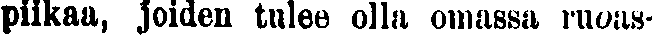
piikaa, joiden tulee olla omassa ruoas-